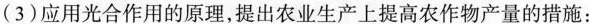
(3)应用光合作用的原理，提出农业生产上提高农作物产量的措施：